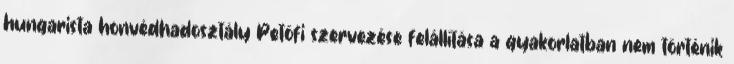
hungarista honvédhadosztály Petõfi szervezése felállítása a gyakorlatban nem történik